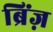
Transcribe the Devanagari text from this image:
ब्रिंज़